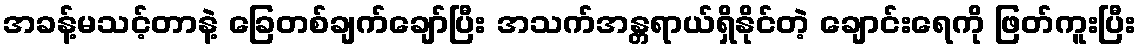
အခန့်မသင့်တာနဲ့ ခြေတစ်ချက်ချော်ပြီး အသက်အန္တရာယ်ရှိနိုင်တဲ့ ချောင်းရေကို ဖြတ်ကူးပြီး